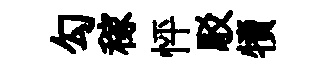
勾稼怦駁犢